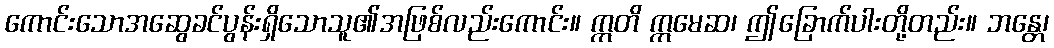
ကောင်းသောအဆွေခင်ပွန်းရှိသောသူ၏အဖြစ်လည်းကောင်း။ ဣတိ ဣမေဆ၊ ဤခြောက်ပါးတို့တည်း။ ဘန္တေ၊